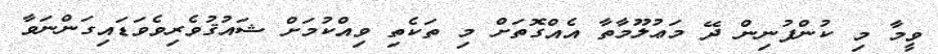
ވީމާ މި ކުންފުނިން ދޭ މަޢުލޫމާތާ އެއްގޮތަށް މި ތަކެތި ވިއްކުމަށް ޝައުޤުވެރިވެވަޑައިގަންނަވާ